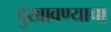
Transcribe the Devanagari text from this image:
दुखावण्याचा